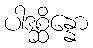
ပါဒစ္ဆိန္နော